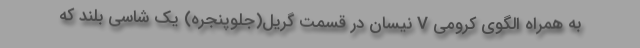
به همراه الگوی کرومی V نیسان در قسمت گریل(جلوپنجره) یک شاسی بلند که